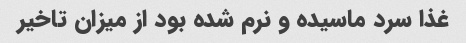
غذا سرد ماسیده و نرم شده بود از میزان تاخیر